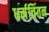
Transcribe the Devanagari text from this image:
धर्मचिंतन